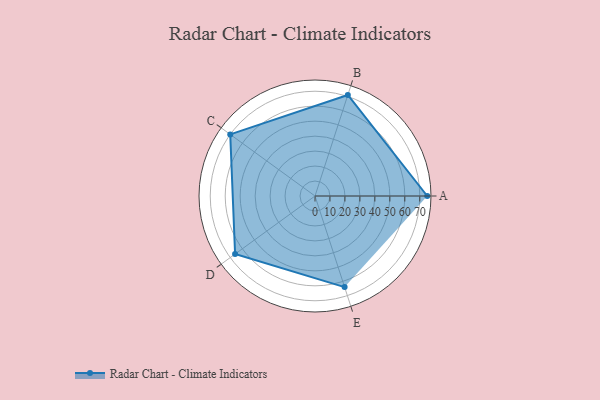
{"axis": {"x": "Skill", "y": "Score"}, "legend": ["Profile"], "data": [{"x": "A", "y": 75.0, "type": "Profile"}, {"x": "B", "y": 71.0, "type": "Profile"}, {"x": "C", "y": 70.0, "type": "Profile"}, {"x": "D", "y": 66.0, "type": "Profile"}, {"x": "E", "y": 64.0, "type": "Profile"}]}